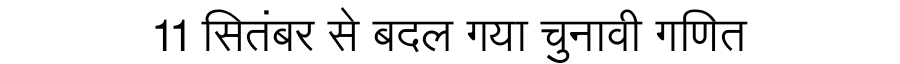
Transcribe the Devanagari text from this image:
11 सितंबर से बदल गया चुनावी गणित